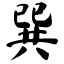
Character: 巽